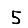
Digit: 5